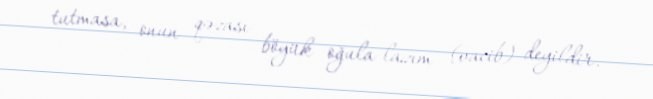
tutmasa, onun qəzası böyük oğula lazım (vacib) deyildir.